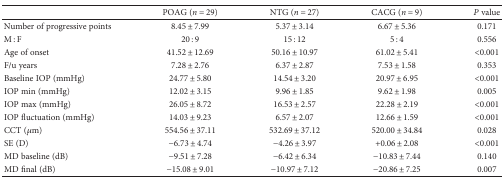
|  | POAG (n = 29) | NTG (n = 27) | CACG (n = 9) | P value |
 | --- | --- | --- | --- | --- |
 | Number of progressive points | 8.45 ± 7.99 | 5.37 ± 3.14 | 6.67 ± 5.36 | 0.171 |
 | M : F | 20 : 9 | 15 : 12 | 5 : 4 | 0.556 |
 | Age of onset | 41.52 ± 12.69 | 50.16 ± 10.97 | 61.02 ± 5.41 | <0.001 |
 | F/u years | 7.28 ± 2.76 | 6.37 ± 2.87 | 7.53 ± 1.58 | 0.353 |
 | Baseline IOP (mmHg) | 24.77 ± 5.80 | 14.54 ± 3.20 | 20.97 ± 6.95 | <0.001 |
 | IOP min (mmHg) | 12.02 ± 3.15 | 9.96 ± 1.85 | 9.62 ± 1.98 | 0.005 |
 | IOP max (mmHg) | 26.05 ± 8.72 | 16.53 ± 2.57 | 22.28 ± 2.19 | <0.001 |
 | IOP fluctuation (mmHg) | 14.03 ± 9.23 | 6.57 ± 2.07 | 12.66 ± 1.59 | <0.001 |
 | CCT (μm) | 554.56 ± 37.11 | 532.69 ± 37.12 | 520.00 ± 34.84 | 0.028 |
 | SE (D) | −6.73 ± 4.74 | −4.26 ± 3.97 | +0.06 ± 2.08 | <0.001 |
 | MD baseline (dB) | −9.51 ± 7.28 | −6.42 ± 6.34 | −10.83 ± 7.44 | 0.140 |
 | MD final (dB) | −15.08 ± 9.01 | −10.97 ± 7.12 | −20.86 ± 7.25 | 0.007 |